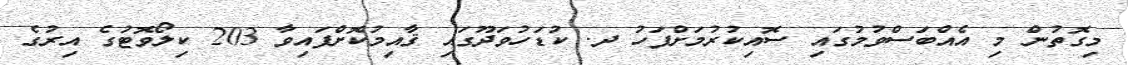
މިގޮތުން މި އެއްބަސްވުމުގައި ސޮއިކުރުމަށްފަހު ދ. ކުޑަހުވަދޫގައި ޤާއިމުކޮށްފައިވާ 203 ކިލޯވޮޓުގެ އިރުގެ